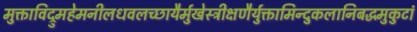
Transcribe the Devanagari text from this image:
मुक्ताविद्रुमहेमनीलधवलच्छायैर्मुखेस्त्रीक्षणैर्युक्तामिन्दुकलानिबद्धमुकुटां